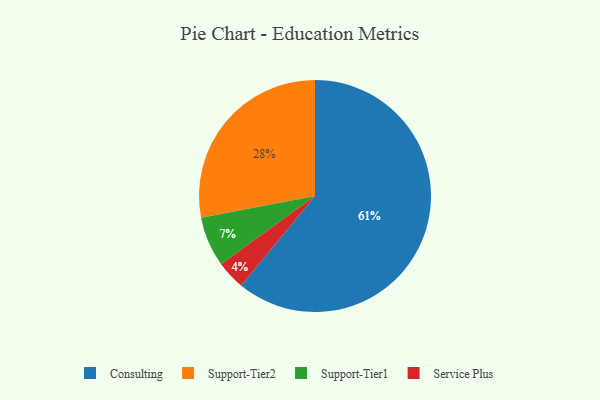
{"axis": {"x": "Category", "y": "Percentage"}, "legend": ["Consulting", "Service Plus", "Support-Tier1", "Support-Tier2"], "data": [{"x": "Service Plus", "y": 4, "type": "Service Plus"}, {"x": "Support-Tier1", "y": 7, "type": "Support-Tier1"}, {"x": "Consulting", "y": 61, "type": "Consulting"}, {"x": "Support-Tier2", "y": 28, "type": "Support-Tier2"}]}